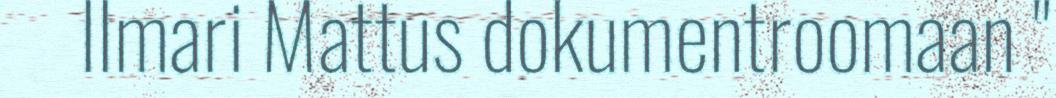
Ilmari Mattus dokumentroomaan "